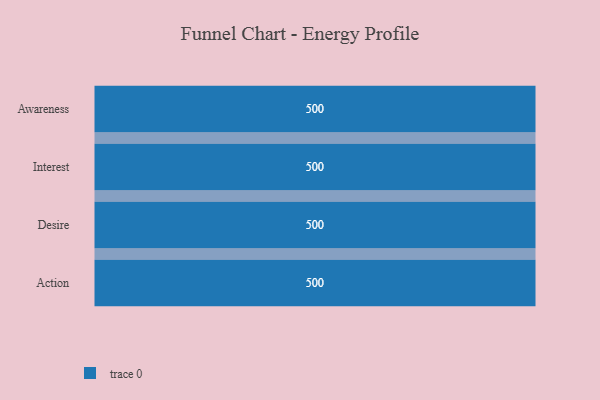
{"axis": {"x": "Stage", "y": "Value"}, "legend": [""], "data": [{"x": "Awareness", "y": 500, "type": ""}, {"x": "Interest", "y": 500, "type": ""}, {"x": "Desire", "y": 500, "type": ""}, {"x": "Action", "y": 500, "type": ""}]}